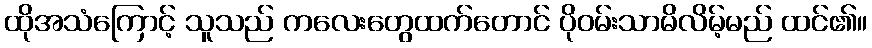
ထိုအသံကြောင့် သူသည် ကလေးတွေထက်တောင် ပိုဝမ်းသာမိလိမ့်မည် ထင်၏။